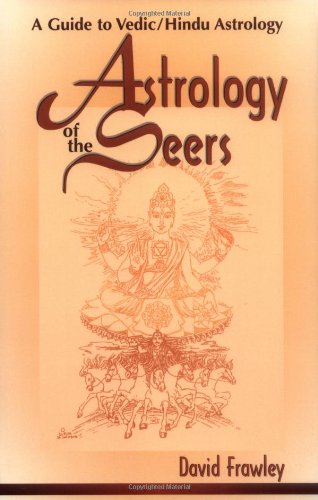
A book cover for Astrology of the Seers: A Guide to Vedic/Hindu Astrology; Dr David Frawley; Religion & Spirituality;